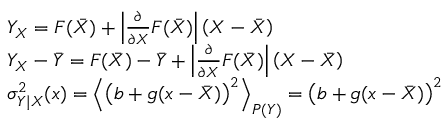
\begin{array} { r l } & { Y _ { X } = F ( \Bar { X } ) + \Big | \frac { \partial } { \partial X } F ( \Bar { X } ) \Big | \left( X - \Bar { X } \right) } \\ & { Y _ { X } - \Bar { Y } = F ( \Bar { X } ) - \Bar { Y } + \Big | \frac { \partial } { \partial X } F ( \Bar { X } ) \Big | \left( X - \Bar { X } \right) } \\ & { \sigma _ { Y \mid X } ^ { 2 } ( x ) = \Big \langle \big ( b + g ( x - \Bar { X } ) \big ) ^ { 2 } \Big \rangle _ { P ( Y ) } = \big ( b + g ( x - \Bar { X } ) \big ) ^ { 2 } } \end{array}